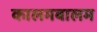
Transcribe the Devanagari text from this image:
कालमबालम